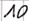
Text: 10